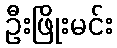
ဦးဖြိုးမင်း